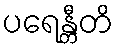
ပရေန္တီတိ